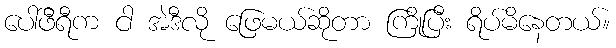
ပေါ်ဖီရီက ငါ အဲဒီလို ဖြေမယ်ဆိုတာ ကြိုပြီး ရိပ်မိနေတယ်။